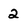
Character: 2